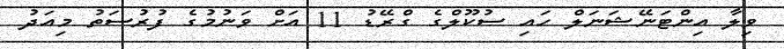
ވިލާ އިންޓަނޭޝަނަލް ހައި ސުކޫލްގެ ގްރޭޑު 11 އަށް ވަނުމުގެ ފުރުސަތު މިއަދު